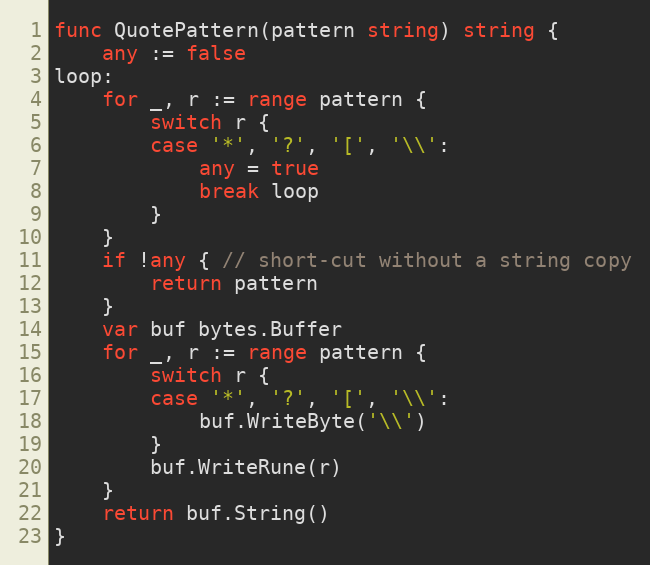
Language: Go
func QuotePattern(pattern string) string {
	any := false
loop:
	for _, r := range pattern {
		switch r {
		case '*', '?', '[', '\\':
			any = true
			break loop
		}
	}
	if !any { // short-cut without a string copy
		return pattern
	}
	var buf bytes.Buffer
	for _, r := range pattern {
		switch r {
		case '*', '?', '[', '\\':
			buf.WriteByte('\\')
		}
		buf.WriteRune(r)
	}
	return buf.String()
}